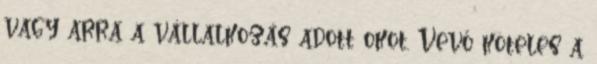
vagy arra a vállalkozás adott okot. Vevő köteles a